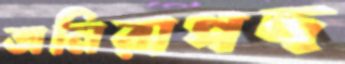
অনিরাপদ